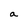
Character: a